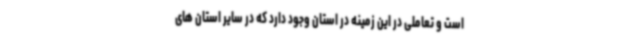
است و تعاملی در این زمینه در استان وجود دارد که در سایر استان های